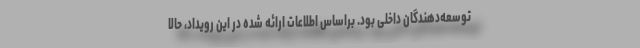
توسعه‌دهندگان داخلی بود. براساس اطلاعات ارائه شده در این رویداد، حالا